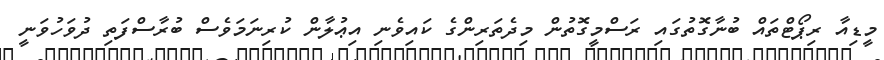
މީޑިއާ ރިޕޯޓްތައް ބުނާގޮތުގައި ރަސްމީގޮތުން މިދެތަރިންގެ ކައިވެނި އިޢުލާން ކުރިނަމަވެސް ބުރާސްފަތި ދުވަހުވަނީ